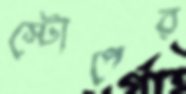
স্টোপের